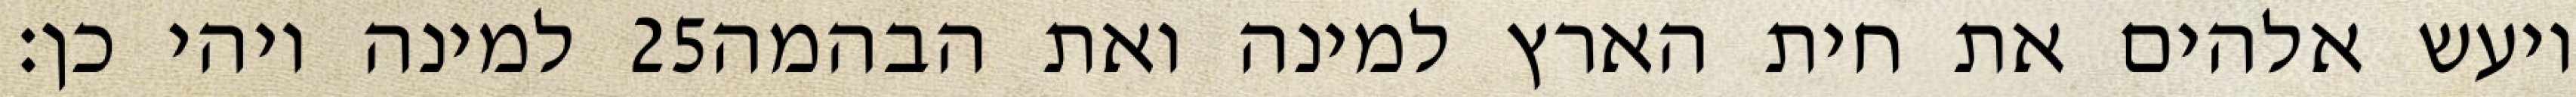
למינה ויהי כן׃ ‎25‏ ויעש אלהים את חית הארץ למינה ואת הבהמה